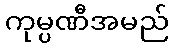
ကုမ္ပဏီအမည်